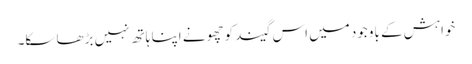
خواہش کے باوجود میں اس گیند کو چھونے اپنا ہاتھ نہیں بڑھا سکا۔